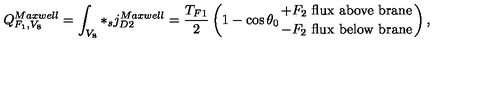
Q _ { F _ { 1 } , V _ { 8 } } ^ { M a x w e l l } = \int _ { V _ { 8 } } * _ { s } j _ { D 2 } ^ { M a x w e l l } = \frac { T _ { F 1 } } { 2 } \left( 1 - \cos \theta _ { 0 } { + F _ { 2 } \ { \mathrm { f l u x \ a b o v e \ b r a n e } } \atop { - F _ { 2 } \ \mathrm { f l u x \ b e l o w \ b r a n e } } } \right) ,